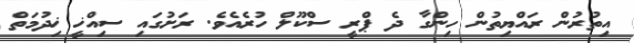
އިތުރުން ރައްޔިތުން ހިންގާ ދެ ޕްރީ ސްކޫލް ހުރެއެވެ. ރަށުގައި ސިއްޚީ ޚިދުމަތް